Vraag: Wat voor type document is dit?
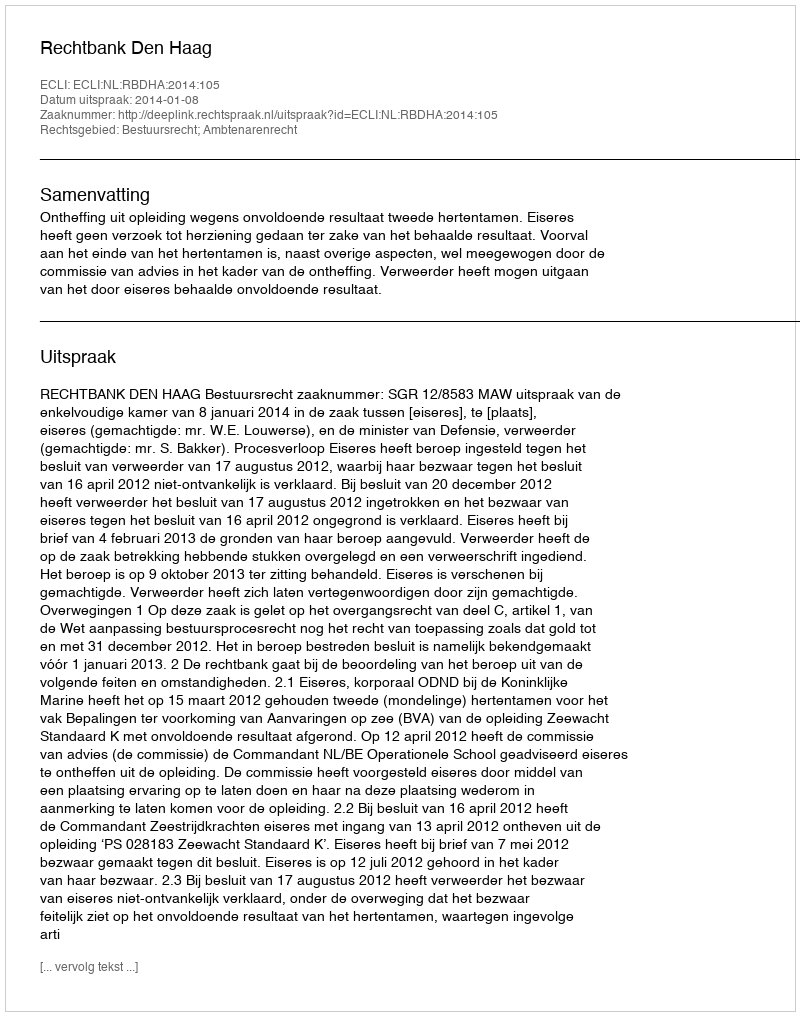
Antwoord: Uitspraak